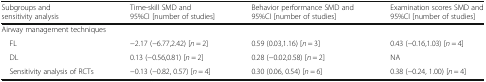
<table><thead><tr><td><b>Subgroups and sensitivity analysis</b></td><td><b>Time-skill SMD and 95%CI [number of studies]</b></td><td><b>Behavior performance SMD and 95%CI [number of studies]</b></td><td><b>Examination scores SMD and 95%CI [number of studies]</b></td></tr></thead><tbody><tr><td colspan="4">Airway management techniques</td></tr><tr><td> FL</td><td>−2.17 (−6.77,2.42) [<i>n</i> = 2]</td><td>0.59 (0.03,1.16) [<i>n</i> = 3]</td><td>0.43 (−0.16,1.03) [<i>n</i> = 4]</td></tr><tr><td> DL</td><td>0.13 (−0.56,0.81) [<i>n</i> = 2]</td><td>0.28 (−0.02,0.58) [<i>n</i> = 2]</td><td>NA</td></tr><tr><td> Sensitivity analysis of RCTs</td><td>−0.13 (−0.82, 0.57) [<i>n</i> = 4]</td><td>0.30 (0.06, 0.54) [<i>n</i> = 6]</td><td>0.38 (−0.24, 1.00) [<i>n</i> = 4]</td></tr></tbody></table>